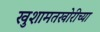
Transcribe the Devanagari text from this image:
खुशामतखोरीच्या